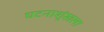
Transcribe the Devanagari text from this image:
घटनाशृंखला